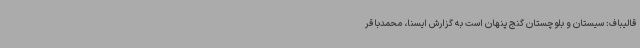
قالیباف: سیستان و بلوچستان گنج پنهان است به گزارش ایسنا، محمدباقر